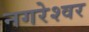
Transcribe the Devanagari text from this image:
नगरेश्वर